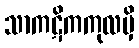
သာကဋိကကုလမှိ